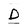
Character: D